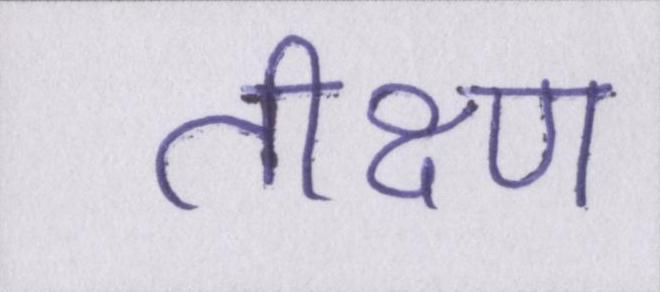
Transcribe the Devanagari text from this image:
तीक्ष्ण